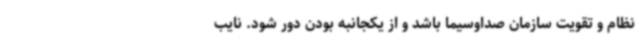
نظام و تقویت سازمان صداوسیما باشد و از یکجانبه بودن دور شود. نایب